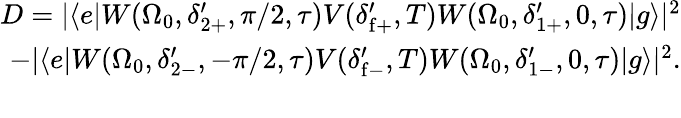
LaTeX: \begin{array}{r}{D=|\langle e|W(\Omega_{0},\delta_{2+}^{\prime},\pi/2,\tau)V(\delta_{\mathrm{f}+}^{\prime},T)W(\Omega_{0},\delta_{1+}^{\prime},0,\tau)|g\rangle|^{2}}\\ {-|\langle e|W(\Omega_{0},\delta_{2-}^{\prime},-\pi/2,\tau)V(\delta_{\mathrm{f}-}^{\prime},T)W(\Omega_{0},\delta_{1-}^{\prime},0,\tau)|g\rangle|^{2}.}\\ {}\end{array}